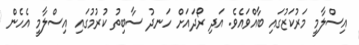
އިސްލާމީ މަރުކަޒުގައި ބާއްވައެވެ. އަދި ރޯދައަށް ހަނދު ސާބިތު ކުރުމުގައި އިސްލާމީ އެހެން